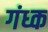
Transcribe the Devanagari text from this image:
गंध्क